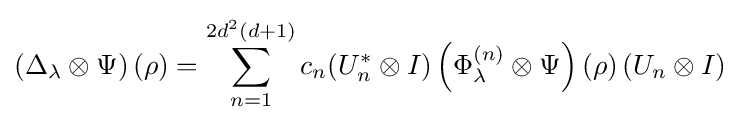
\left(\Delta _{\lambda }\otimes \Psi \right)(\rho )=\sum _{n=1}^{2d^{2}(d+1)}c_{n}(U_{n}^{*}\otimes I)\left(\Phi _{\lambda }^{(n)}\otimes \Psi \right)(\rho )\left(U_{n}\otimes I\right)